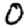
Digit: 0